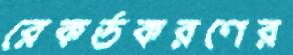
রেকর্ডকরণের